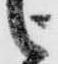
被